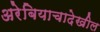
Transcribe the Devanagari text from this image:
अरेबियाचादेखील